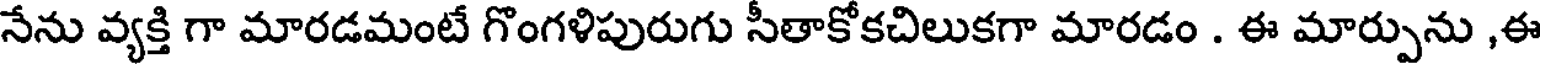
నేను వ్యక్తి గా మారడమంటే గొంగళిపురుగు సీతాకోకచిలుకగా మారడం . ఈ మార్పును ,ఈ